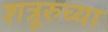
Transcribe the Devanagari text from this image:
शत्रूरुच्या